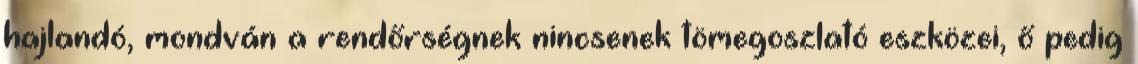
hajlandó, mondván a rendőrségnek nincsenek tömegoszlató eszközei, ő pedig